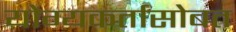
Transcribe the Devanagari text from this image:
योग्यकर्तासोबत